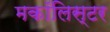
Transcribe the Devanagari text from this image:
मकॉलिस्टर